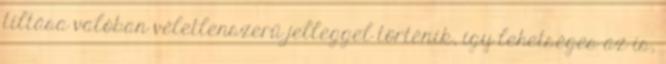
tiltása valóban véletlenszerű jelleggel történik, így lehetséges az is,